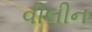
વીલીન